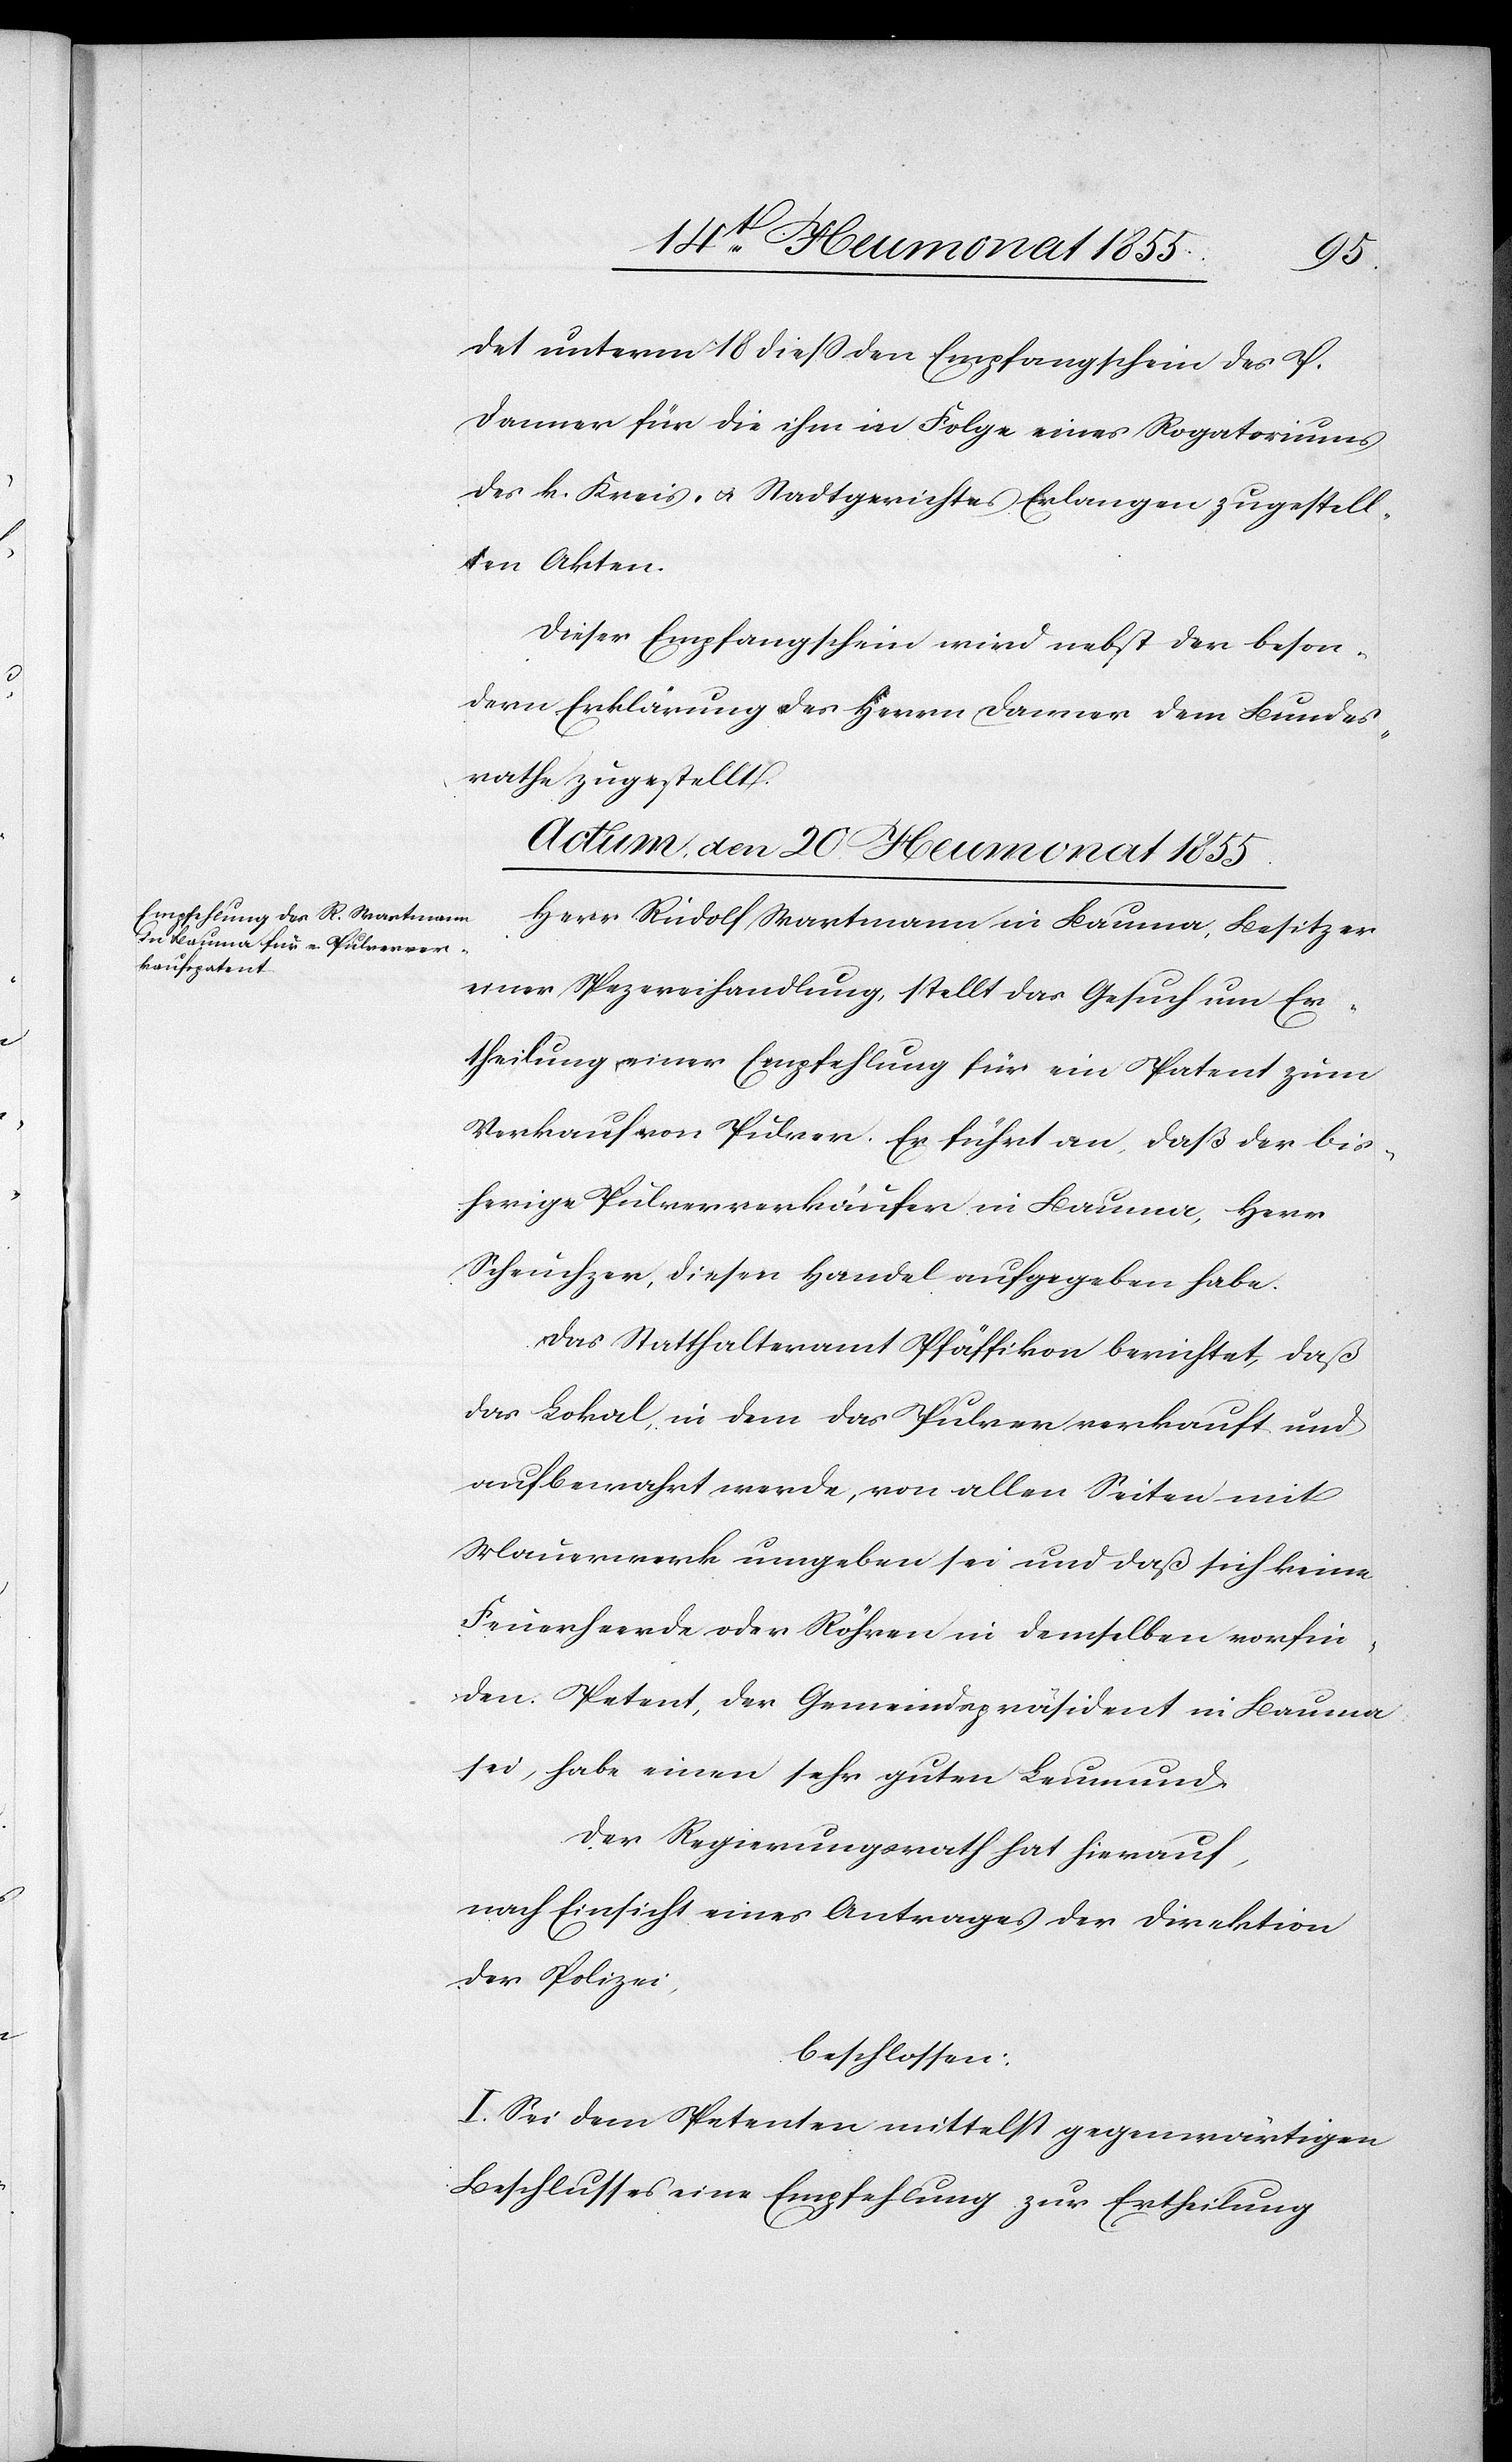
det unterm 18 dieß den Empfangschein des P.
Danner für die ihm in Folge eines Rogatoriums
des k. Kreis- & Stadtgerichtes Erlangen zugestell¬
ten Akten.
Dieser Empfangschein wird nebst der beson¬
dern Erklärung des Herrn Danner dem Bundes¬
rathe zugestellt.
Actum, den 20. Heumonat 1855.
Herr Rudolf Wartmann in Bauma, Besitzer
einer Spezereihandlung, stellt das Gesuch um Er¬
theilung einer Empfehlung für ein Patent zum
Verkauf von Pulver. Er führt an, daß der bis¬
herige Pulververkäufer in Bauma, Herr
Scheuchzer, diesen Handel aufgegeben habe.
Das Statthalteramt Pfäffikon berichtet, daß
das Lokal, in dem das Pulver verkauft und
aufbewahrt werde, von allen Seiten mit
Mauerwerk umgeben sei und daß sich keine
Feuerheerde oder Röhren in demselben vorfin¬
den. Petent, der Gemeindspräsident in Bauma
sei, habe einen sehr guten Leumund.
Der Regierungsrath hat hierauf,
nach Einsicht eines Antrages der Direktion
der Polizei,
beschlossen:
I. Sei dem Petenten mittelst gegenwärtigen
Beschlusses eine Empfehlung zur Ertheilung